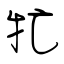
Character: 牤